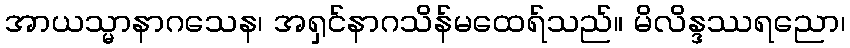
အာယသ္မာနာဂသေန၊ အရှင်နာဂသိန်မထေရ်သည်။ မိလိန္ဒဿရညော၊